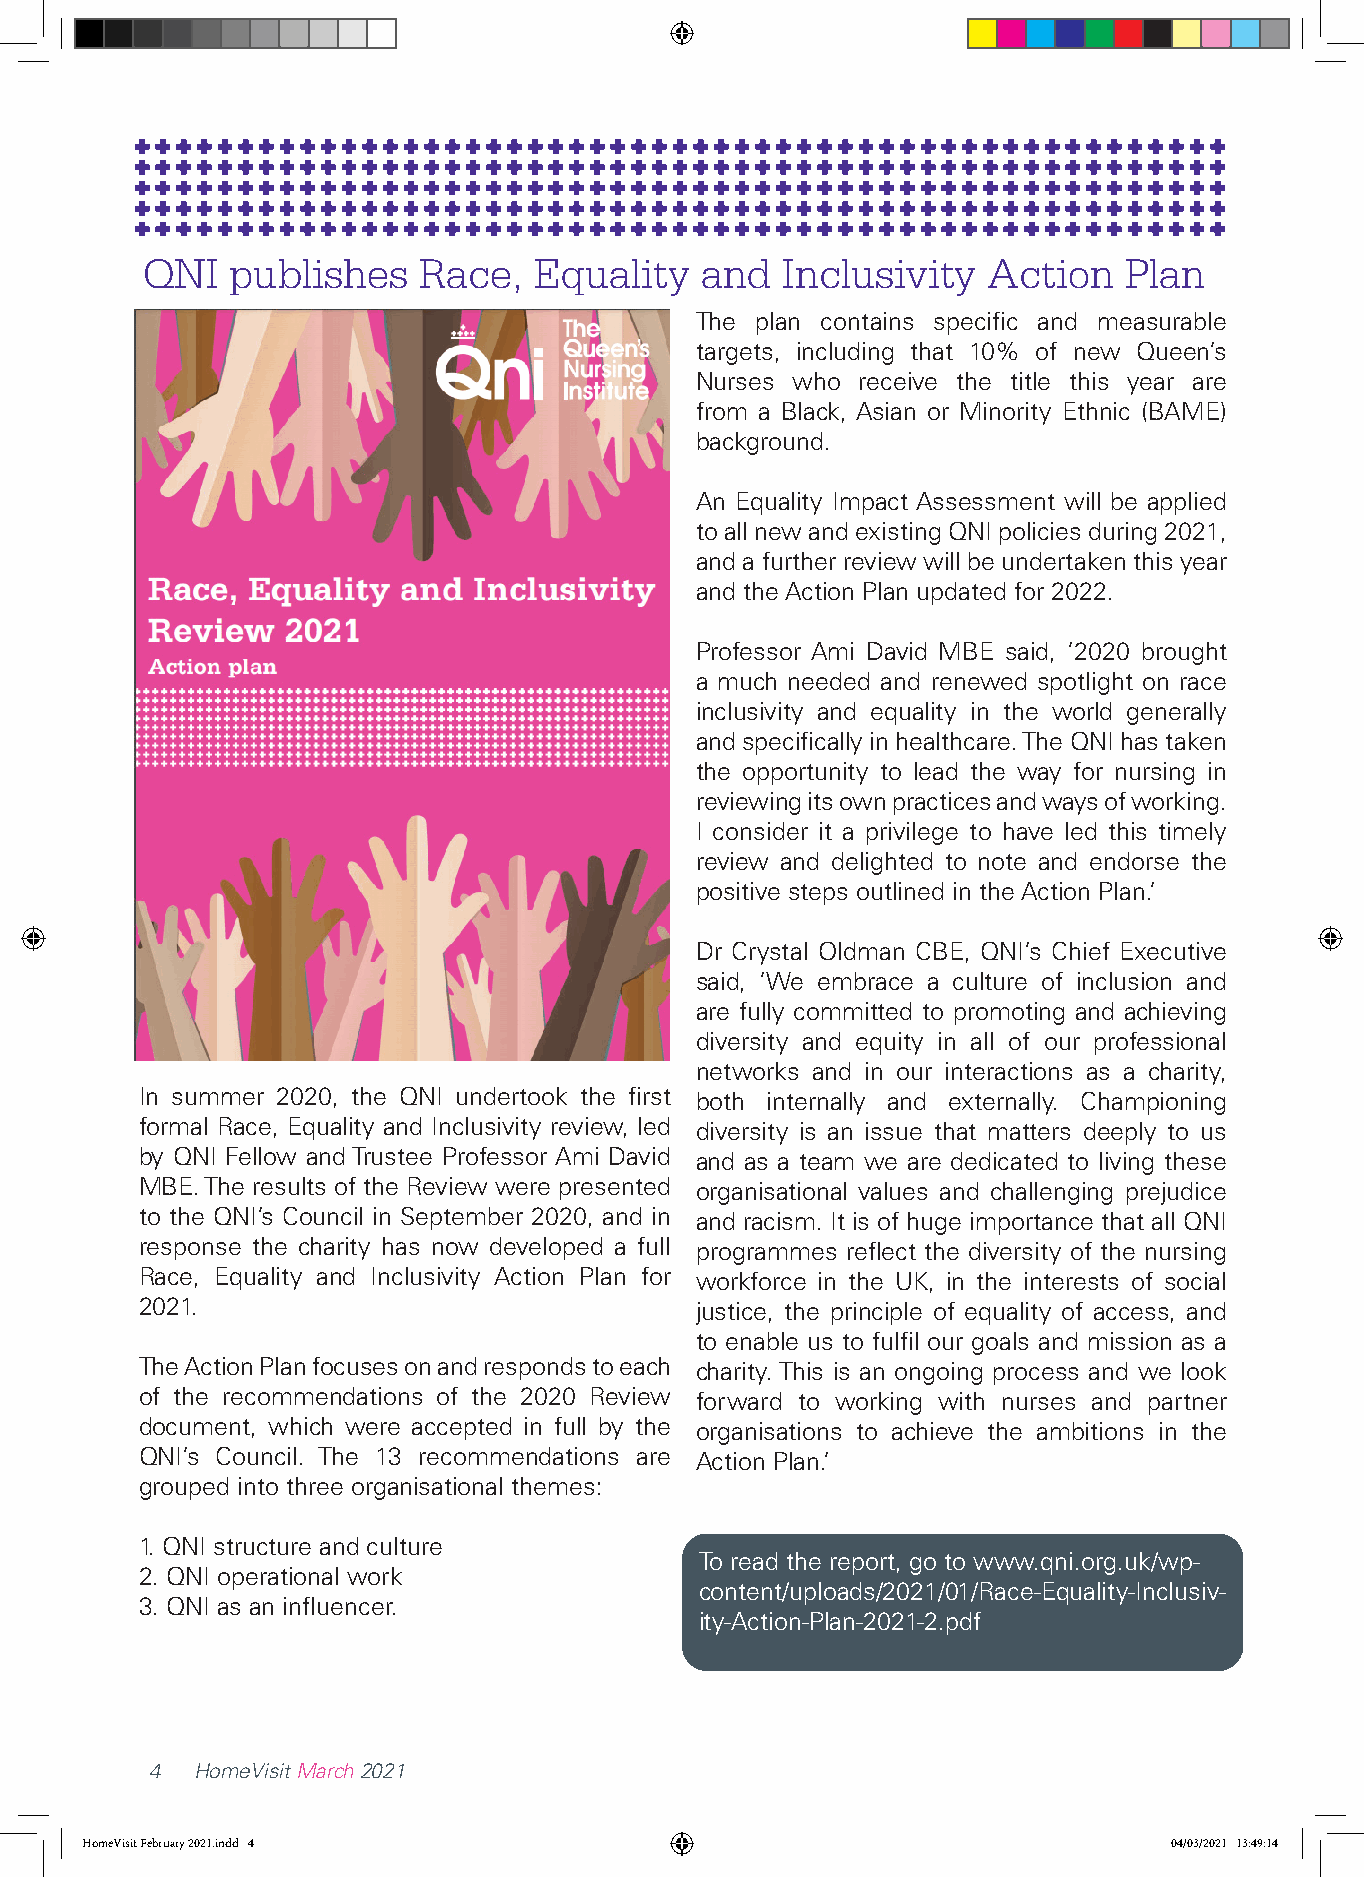
QNI   publishes    Race,  Equality   and   Inclusivity  Action   Plan
 The plan contains specific and measurable
 targets, including that 10% of new Queen’s
 Nurses who receive the title this year are
 from a Black, Asian or Minority Ethnic (BAME)
 background.
 An Equality Impact Assessment will be applied
 to all new and existing QNI policies during 2021,
 and a further review will be undertaken this year
 and the Action Plan updated for 2022.
 Professor Ami David MBE said, ‘2020 brought
 a much needed and renewed spotlight on race
 inclusivity and equality in the world generally
 and specifically in healthcare. The QNI has taken
 the opportunity to lead the way for nursing in
 reviewing its own practices and ways of working.
 I consider it a privilege to have led this timely
 review and delighted to note and endorse the
 positive steps outlined in the Action Plan.’
 Dr Crystal Oldman CBE, QNI’s Chief Executive
 said, ‘We embrace a culture of inclusion and
 are fully committed to promoting and achieving
 diversity and equity in all of our professional
 networks and in our interactions as a charity,
 In summer 2020, the QNI undertook the first both internally and externally. Championing
 formal Race, Equality and Inclusivity review, led diversity is an issue that matters deeply to us
 by QNI Fellow and Trustee Professor Ami David and as a team we are dedicated to living these
 MBE. The results of the Review were presented organisational values and challenging prejudice
 to the QNI’s Council in September 2020, and in and racism. It is of huge importance that all QNI
 response the charity has now developed a full programmes reflect the diversity of the nursing
 Race, Equality and Inclusivity Action Plan for workforce in the UK, in the interests of social
 2021.                                justice, the principle of equality of access, and
 to enable us to fulfil our goals and mission as a
 The Action Plan focuses on and responds to each charity. This is an ongoing process and we look
 of the recommendations of the 2020 Review forward to working with nurses and partner
 document, which were accepted in full by the organisations to achieve the ambitions in the
 QNI’s Council. The 13 recommendations are Action Plan.’
 grouped into three organisational themes:
 1. QNI structure and culture
 To read the report, go to www.qni.org.uk/wp-
 2. QNI operational work
 content/uploads/2021/01/Race-Equality-Inclusiv-
 3. QNI as an influencer.
 ity-Action-Plan-2021-2.pdf
 4  HomeVisit March 2021
 HHoommeeVViissiitt FFeebbrruuaarryy 22002211..iinndddd 44               0044//0033//22002211 1133::4499::1144